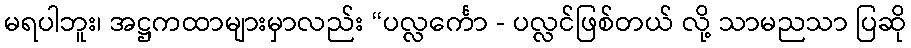
မရပါဘူး၊ အဋ္ဌကထာများမှာလည်း “ပလ္လင်္ကော - ပလ္လင်ဖြစ်တယ် လို့ သာမညသာ ပြဆို